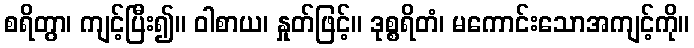
စရိတွာ၊ ကျင့်ပြီး၍။ ဝါစာယ၊ နှုတ်ဖြင့်။ ဒုစ္စရိတံ၊ မကောင်းသောအကျင့်ကို။